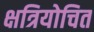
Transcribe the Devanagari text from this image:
क्षत्रियोचित